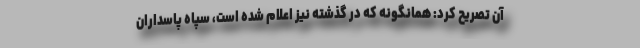
آن تصریح کرد: همانگونه که در گذشته نیز اعلام شده است، سپاه پاسداران